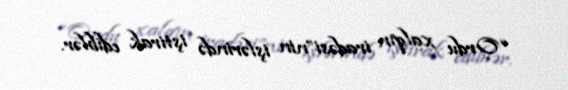
“Ordu xalqın iradəsi”nin işlərində iştirak ediblər.